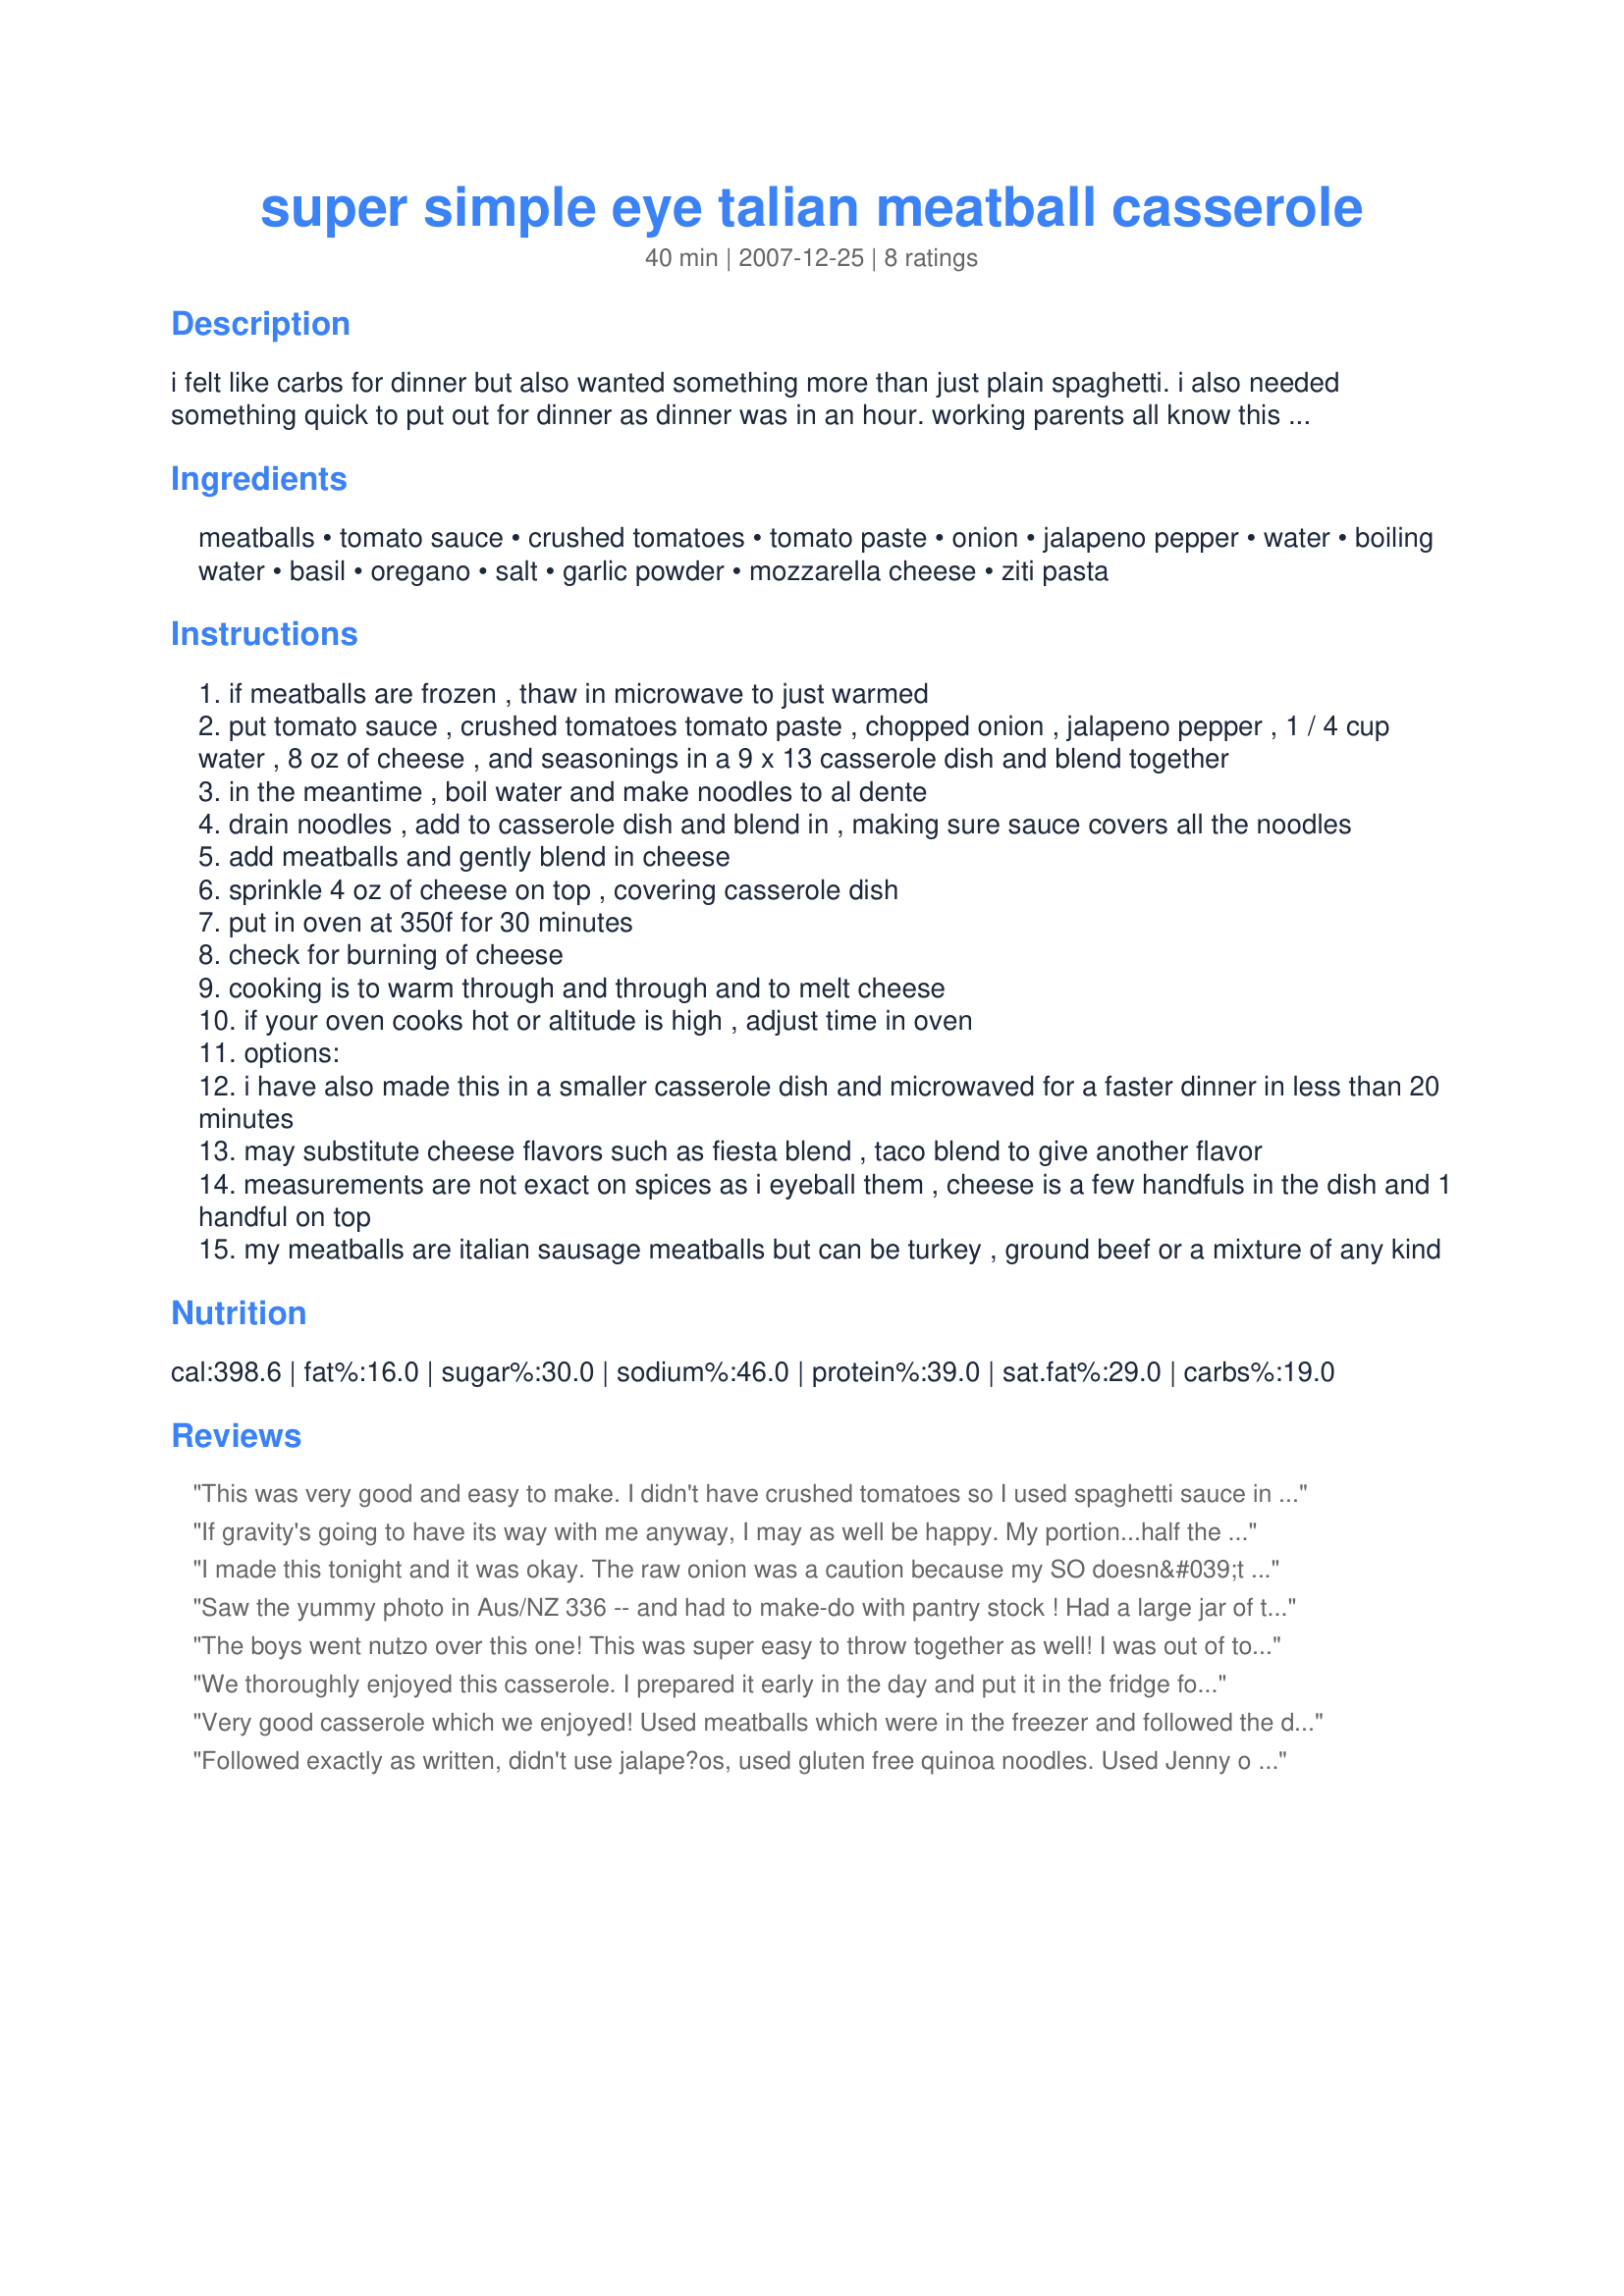
super simple eye talian meatball casserole
Preparation time: 40 minutes

i felt like carbs for dinner but also wanted something more than just plain spaghetti. i also needed something quick to put out for dinner as dinner was in an hour. working parents all know this feeling.

Ingredients:
meatballs, tomato sauce, crushed tomatoes, tomato paste, onion, jalapeno pepper, water, boiling water, basil, oregano, salt, garlic powder, mozzarella cheese, ziti pasta

Steps:
if meatballs are frozen , thaw in microwave to just warmed
put tomato sauce , crushed tomatoes tomato paste , chopped onion , jalapeno pepper , 1 / 4 cup water , 8 oz of cheese , and seasonings in a 9 x 13 casserole dish and blend together
in the meantime , boil water and make noodles to al dente
drain noodles , add to casserole dish and blend in , making sure sauce covers all the noodles
add meatballs and gently blend in cheese
sprinkle 4 oz of cheese on top , covering casserole dish
put in oven at 350f for 30 minutes
check for burning of cheese
cooking is to warm through and through and to melt cheese
if your oven cooks hot or altitude is high , adjust time in oven
options:
i have also made this in a smaller casserole dish and microwaved for a faster dinner in less than 20 minutes
may substitute cheese flavors such as fiesta blend , taco blend to give another flavor
measurements are not exact on spices as i eyeball them , cheese is a few handfuls in the dish and 1 handful on top
my meatballs are italian sausage meatballs but can be turkey , ground beef or a mixture of any kind

Reviews:
This was very good and easy to make. I didn't have crushed tomatoes so I used spaghetti sauce in place of the tomatoes and tomatoe sauce. I also used italian seasoning instead of basil and oregano. My children really enjoyed this. I made this before going to work and left it in the fridge. Hubby put it in the oven when he got home. Yummy!
If gravity's going to have its way with me anyway, I may as well be happy. My portion...half the casserole. Made for A-NZ #36 Recipe Swap.
I made this tonight and it was okay. The raw onion was a caution because my SO doesn&#039;t like raw onion, but he never mentioned it. I used Vidalia so I&#039;m sure he really didn&#039;t know. To get it to bubble, I cooked it for 45 mins. @ 350, then kicked it up to 400 for another 15 minutes. It was okay as I mentioned before, but not sensational. I might make it again, I don&#039;t know yet.
Saw the yummy photo in Aus/NZ 336 -- and had to make-do with pantry stock ! Had a large jar of tomato sauce, no crushed -- so used 14 oz can diced tomatoes. No ziti -- used piccolini. Crushed 6-8 fresh garlic cloves, and prepared in 2 9" casseroles. I put sauce on the bottom, then pasta, more sauce, meatballs, and topped with sauce and cheese. LOVELY flavor -- but a tad dry. I have some homemade marinara in the freezer, so will thaw and mix with the "eating" one for leftovers , and re-do the second with more sauce in a larger casserole, and freeze. Yum, Connie -- for SIX meals, for DH and me !!
The boys went nutzo over this one! This was super easy to throw together as well! I was out of tomato paste so I added extra tomato sauce. The recipe halved beautifully! Thanks Chef1MoM! Beverage Tag Rocks!
We thoroughly enjoyed this casserole. I prepared it early in the day and put it in the fridge for a later supper. Served with a salad and crusty buns made for a wonderful meal that will call for repeats. I made no changes to the recipe. This recipe is now in my favorites cookbook. Thank-you chef1MOM.
(recipe swap #15)
Very good casserole which we enjoyed! Used meatballs which were in the freezer and followed the directions as written, skipping the tomato paste (out of). I also used diced tomatoes and a different type of pasta (penne). Enjoyed by the whole family! Thanks for sharing!
Followed exactly as written, didn't use jalape?os, used gluten free quinoa noodles. Used Jenny o turkey meatballs for a quick and easy supper. Turned out great, both kids (3 & 14 mo.) like it. Will make again.
